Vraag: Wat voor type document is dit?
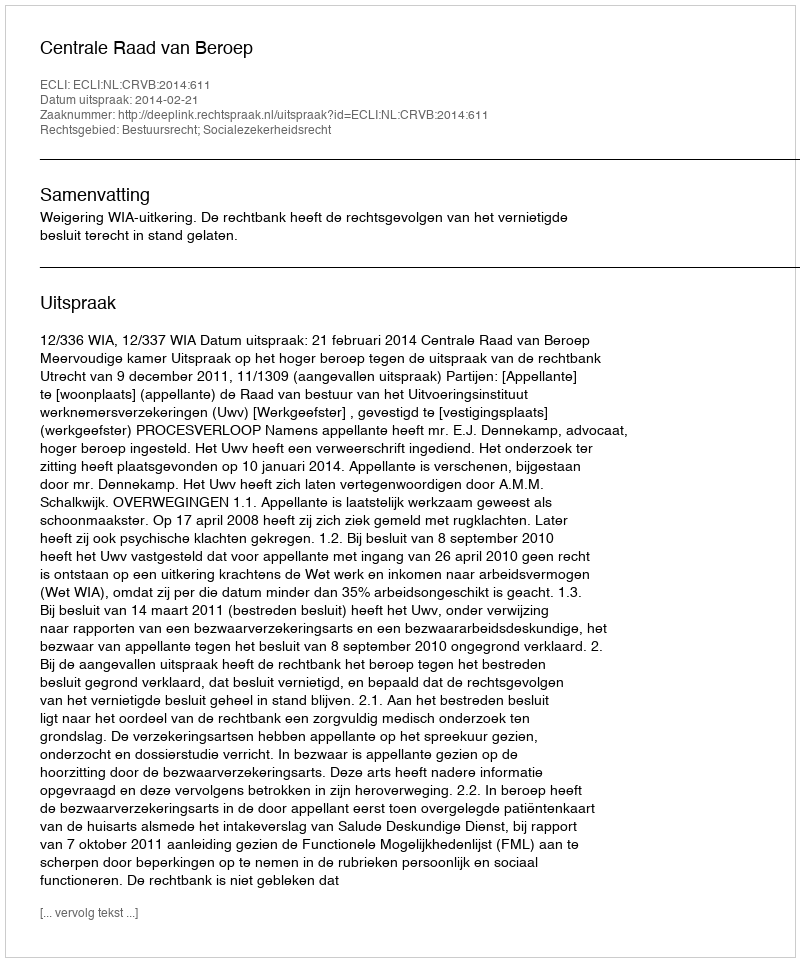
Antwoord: Uitspraak